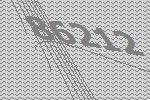
86212